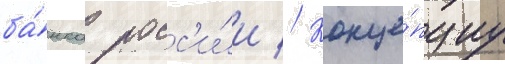
ба́нка росс'и́и // Конце́пциу